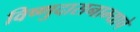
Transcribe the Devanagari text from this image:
विष्णुदासनाम्याचे